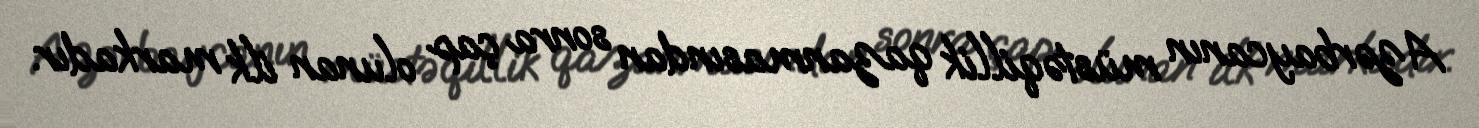
Azərbaycanın müstəqillik qazanmasından sonra çap olunan ilk markadır.